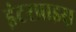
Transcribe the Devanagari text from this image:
इंटरप्राइस़